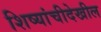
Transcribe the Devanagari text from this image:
शिष्यांचीदेखील